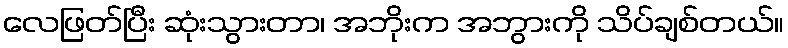
လေဖြတ်ပြီး ဆုံးသွားတာ၊ အဘိုးက အဘွားကို သိပ်ချစ်တယ်။